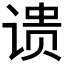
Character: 𬤉